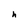
Character: h